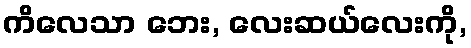
ကိလေသာ ဘေး, လေးဆယ်လေးကို,